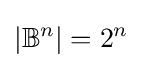
\left|\mathbb {B} ^{n}\right|=2^{n}